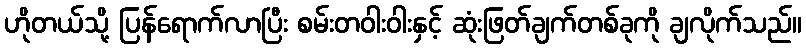
ဟိုတယ်သို့ ပြန်ရောက်လာပြီး စမ်းတဝါးဝါးနှင့် ဆုံးဖြတ်ချက်တစ်ခုကို ချလိုက်သည်။